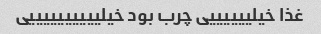
غذا خیلییییییی چرب بود خیلییییییییییی